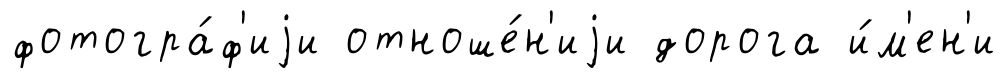
фотогра́ф'иjи отноше́н'иjи дорога и́м'ен'и